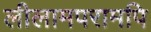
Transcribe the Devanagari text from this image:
लीलामपरामपि